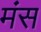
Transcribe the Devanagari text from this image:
मंस